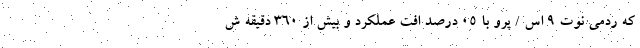
که ردمی نوت ۹ اس / پرو با ۰۵ درصد افت عملکرد و بیش از ۳۶۰ دقیقه ش